Annual report of the Madras Medical College
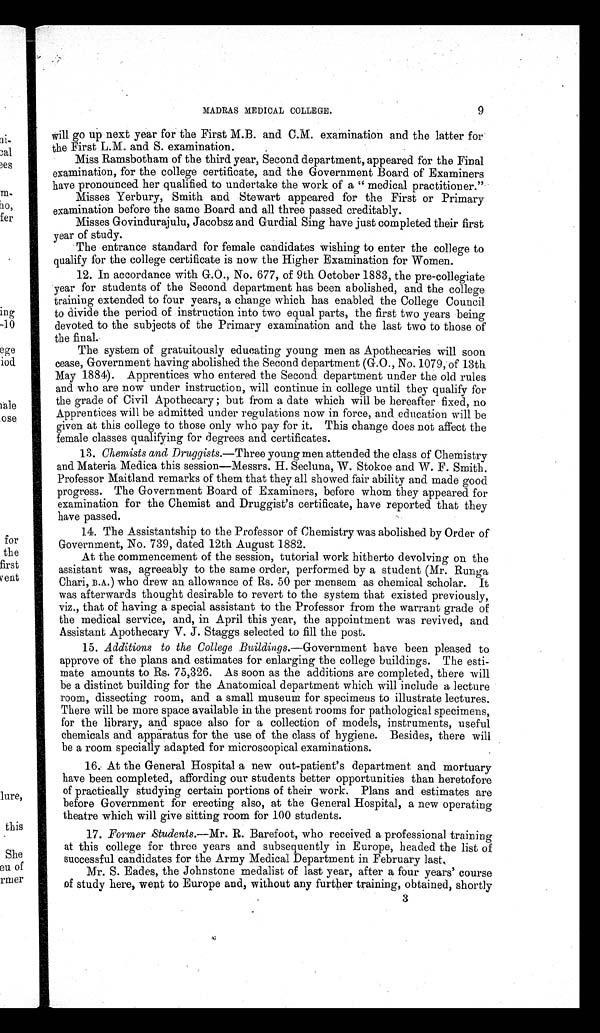
MADRAS MEDICAL COLLEGE.
9
will go up next year for the First M.B. and C.M. examination and the latter for
the First L.M. and S. examination.
Miss Ramsbotham of the third year, Second department, appeared for the Final
examination, for the college certificate, and the Government Board of Examiners
have pronounced her qualified to undertake the work of a " medical practitioner."
Misses Yerbury, Smith and Stewart appeared for the First or Primary
examination before the same Board and all three passed creditably.
Misses Govindurajulu, Jacobsz and Gurdial Sing have just completed their first
year of study.
The entrance standard for female candidates wishing to enter the college to
qualify for the college certificate is now the Higher Examination for Women.
12. In accordance with G.O., No. 677, of 9th October 1883, the pre-collegiate
year for students of the Second department has been abolished, and the college
training extended to four years, a change which has enabled the College Council
to divide the period of instruction into two equal parts, the first two years being
devoted to the subjects of the Primary examination and the last two to those of
the final.
The system of gratuitously educating young men as Apothecaries will soon
cease, Government having abolished the Second department (G.O., No. 1079, of 13th
May 1884). Apprentices who entered the Second department under the old rules
and who are now under instruction, will continue in college until they qualify for
the grade of Civil Apothecary ; but from a date which will be hereafter fixed, no
Apprentices will be admitted under regulations now in force, and education will be
given at this college to those only who pay for it. This change does not affect the
female classes qualifying for degrees and certificates.
13. Chemists and Druggists.—Three young men attended the class of Chemistry
and Materia Medica this session—Messrs. H. Secluna, W. Stokoe and W. F. Smith.
Professor Maitland remarks of them that they all showed fair ability and made good
progress. The Government Board of Examiners, before whom they appeared for
examination for the Chemist and Druggist's certificate, have reported that they
have passed.
14. The Assistantship to the Professor of Chemistry was abolished by Order of
Government, No. 739, dated 12th August 1882.
At the commencement of the session, tutorial work hitherto devolving on the
assistant was, agreeably to the same order, performed by a student (Mr. Runga
Chari, B.A.) who drew an allowance of Rs. 50 per mensem as chemical scholar. It
was afterwards thought desirable to revert to the system that existed previously,
viz., that of having a special assistant to the Professor from the warrant grade of
the medical service, and, in April this year, the appointment was revived, and
Assistant Apothecary V. J. Staggs selected to fill the post.
15. Additions to the College Buildings.— Government have been pleased to
approve of the plans and estimates for enlarging the college buildings. The esti-
mate amounts to Rs. 75,326. As soon as the additions are completed, there will
be a distinct building for the Anatomical department which will include a lecture
room, dissecting room, and a small museum for specimens to illustrate lectures.
There will be more space available in the present rooms for pathological specimens,
for the library, and space also for a collection of models, instruments, useful
chemicals and apparatus for the use of the class of hygiene. Besides, there will
be a room specially adapted for microscopical examinations.
16. At the General Hospital a new out-patient's department and mortuary
have been completed, affording our students better opportunities than heretofore
of practically studying certain portions of their work. Plans and estimates are
before Government for erecting also, at the General Hospital, a new operating
theatre which will give sitting room for 100 students.
17. Former Students.—Mr. R. Barefoot, who received a professional training
at this college for three years and subsequently in Europe, headed the list of
successful candidates for the Army Medical Department in February lasts
Mr. S. Eades, the Johnstone medalist of last year, after a four years' course
of study here, went to Europe and, without any further training, obtained, shortly
3